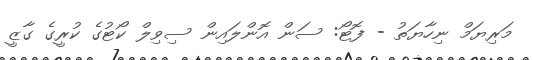
މަރިޔަމް ނިހާޔަތު - ފޮޓޯ: ސަން އޮންލައިން ސިވިލް ކޯޓުގެ ކުރީގެ ގާޒީ